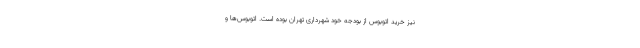
نیز خرید اتوبوس از بودجه خود شهرداری تهران بوده است. اتوبوس‌ها و